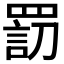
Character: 𦋬